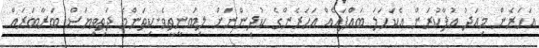
އަހަރެން މިއަދު އުފާކުރަން އެކަހަލަ ބައްޕައެއް އަހަރެންގެ ކުދިންނަށް ލިބުނީތީވެ.ކިތަންމެ ދަތިވިޔަސް ބަރާބަރައް